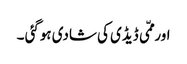
اور ممّی ڈیڈی کی شادی ہوگئی ۔